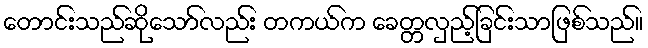
တောင်းသည်ဆိုသော်လည်း တကယ်က ခေတ္တလှည့်ခြင်းသာဖြစ်သည်။